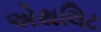
એથલિટ